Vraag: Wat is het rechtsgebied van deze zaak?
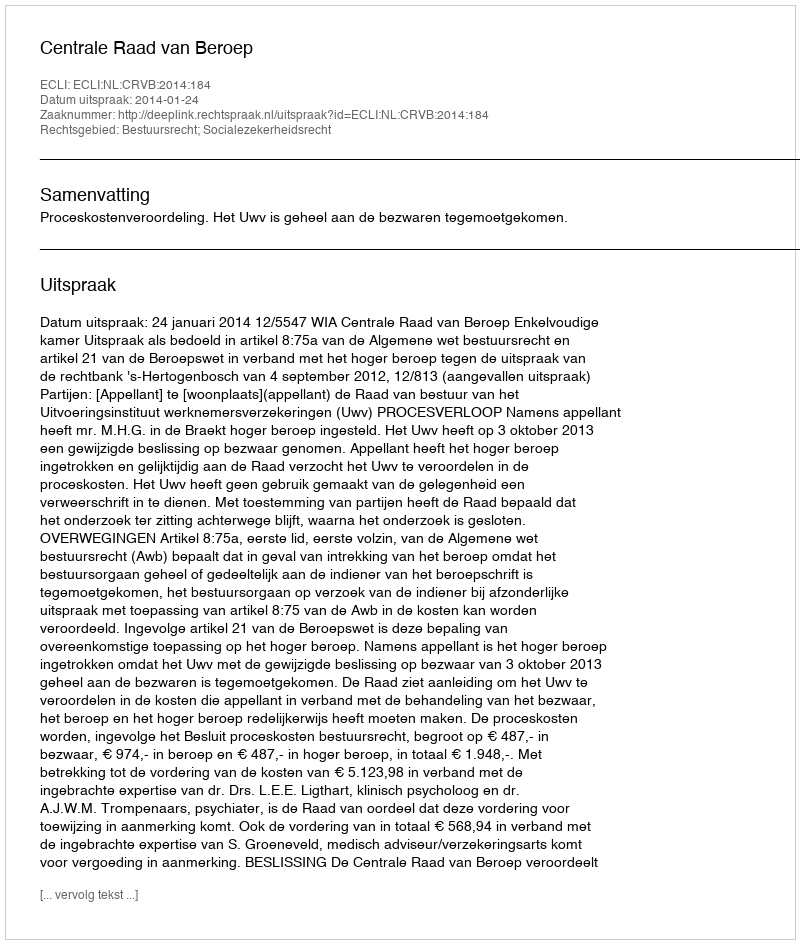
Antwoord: Bestuursrecht; Socialezekerheidsrecht